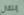
إنتقال